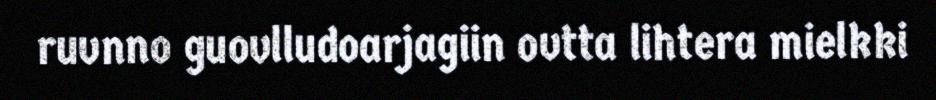
ruvnno guovlludoarjagiin ovtta lihtera mielkki